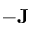
- \mathbf { J }